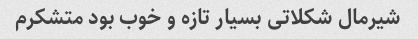
شیرمال شکلاتی بسیار تازه و خوب بود متشکرم